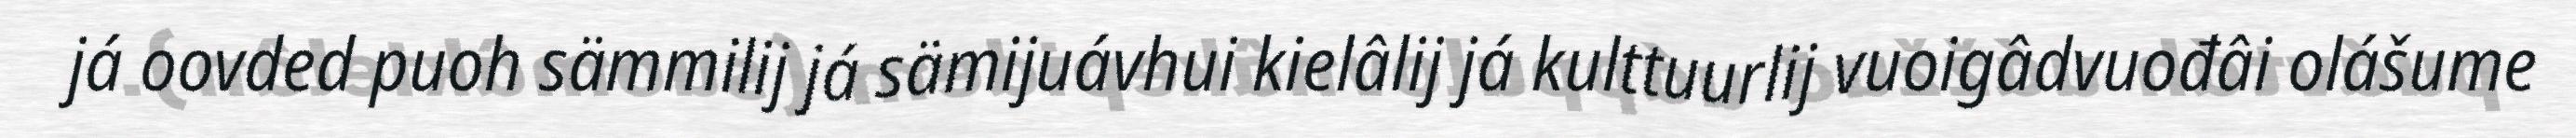
já oovded puoh sämmilij já sämijuávhui kielâlij já kulttuurlij vuoigâdvuođâi olášume